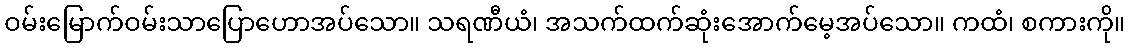
ဝမ်းမြောက်ဝမ်းသာပြောဟောအပ်သော။ သရဏီယံ၊ အသက်ထက်ဆုံးအောက်မေ့အပ်သော။ ကထံ၊ စကားကို။